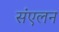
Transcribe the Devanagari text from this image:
संंएलन